Report on lock hospitals in British Burma
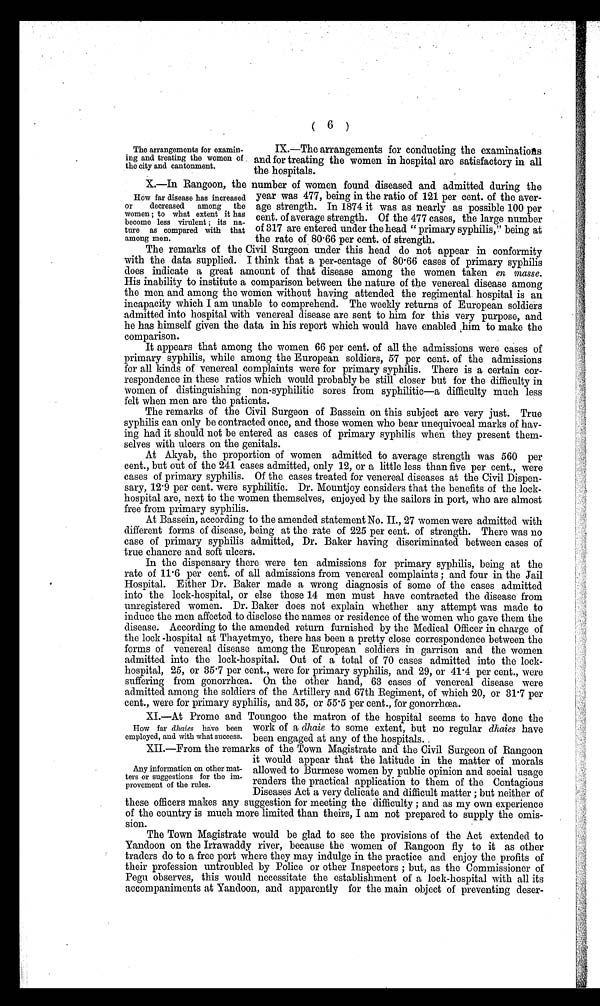
(
6 )
The arrangements for examin-
ing and trĭ e a t i n g t h e w o m e n o f
the city and cantonment.
IX.—The arrangements for conducting the examinations
and for treating the women in hospital are satisfactory in all
the hospitals.
X.—In Rangoon, the number of women found diseased and admitted during the
year was 477, being in the ratio of 121 per cent. of the aver-
-age strength. In 1874 it was as nearly as possible 100 per
cent. of average strength. Of the 477 cases, the large number
of 317 are entered under the head "primary syphilis," being at
the rate of 80.66 per cent. of strength.
The remarks of the Civil Surgeon under this head do not appear in conformity
with the data supplied. I think that a per-centage of 80.66 cases of primary syphilis
does indicate a great amount of that disease among the women taken en masse.
His inability to institute a comparison between the nature of the venereal disease among
the men and among the women without having attended the regimental hospital is an
incapacity which I am unable to comprehend. The weekly returns of European soldiers
admitted into hospital with venereal disease are sent to him for this very purpose, and
he has himself given the data in his report which would have enabled him to make the
comparison.
It appears that among the women 66 per cent. of all the admissions were cases of
primary syphilis, while among the European soldiers, 57 per cent. of the admissions
for all kinds of venereal complaints were for primary syphilis. There is a certain cor-
respondence in these ratios which would probably be still closer but for the difficulty in
women of distinguishing non-syphilitic sores from syphilitic—a difficulty much less
felt when men are the patients.
The remarks of the Civil Surgeon of Bassein on this subject are very just. True
syphilis can only be contracted once, and those women who bear unequivocal marks of hav-
ing had it should not be entered as cases of primary syphilis when they present them-
selves with ulcers on the genitals.
At Akyab, the proportion of women admitted to average strength was 560 per
cent., but out of the 241 cases admitted, only 12, or a little less than five per cent., were
cases of primary syphilis. Of the cases treated for venereal diseases at the Civil Dispen-
sary, 12.9 per cent. were syphilitic. Dr. Mountjoy considers that the benefits of the lock-
hospital are, next to the women themselves, enjoyed by the sailors in port, who are almost
free from primary syphilis.
At Bassein, according to the amended statement No. II., 27 women were admitted with
different forms of disease, being at the rate of 225 per cent. of strength. There was no
case of primary syphilis admitted, Dr. Baker having discriminated between cases of
true chancre and soft ulcers.
In the dispensary there were ten admissions for primary syphilis, being at the
rate of 11.6 per cent. of all admissions from venereal complaints ; and four in the Jail
Hospital. Either Dr. Baker made a wrong diagnosis of some of the cases admitted
into the lock-hospital, or else those 14 men must have contracted the disease from
unregistered women. Dr. Baker does not explain whether any attempt was made to
induce the men affected to disclose the names or residence of the women who gave them the
disease. According to the amended return furnished by the Medical Officer in charge of
the lock -hospital at Thayetmyo, there has been a pretty close correspondence between the
forms of venereal disease among the European soldiers in garrison and the women
admitted into the lock-hospital. Out of a total of 70 cases admitted into the lock-
hospital, 25, or 35.7 per cent., were for primary syphilis, and 29, or 41.4 per cent., were
suffering from gonorrhœa. On the other hand, 63 cases of venereal disease were
admitted among the soldiers of the Artillery and 67th Regiment, of which 20, or 31.7 per
cent., were for primary syphilis, and 35, or 55.5 per cent., for gonorrhoea.
XI.—At Prome and Toungoo the matron of the hospital seems to have done the
work of a dhaie to some extent, but no regular dhaies have
been engaged at any of the hospitals.
XII.—From the remarks of the Town Magistrate and the Civil Surgeon of Rangoon
it would appear that the latitude in the matter of morals
allowed to Burmese women by public opinion and social usage
renders the practical application to them of the Contagious
Diseases Act a very delicate and difficult matter ; but neither of
these officers makes any suggestion for meeting the difficulty ; and as my own experience
of the country is much more limited than theirs, I am not prepared to supply the omis--
sion.
The Town Magistrate would be glad to see the provisions of the Act extended to
Yandoon on the Irrawaddy river, because the women of Rangoon fly to it as other
traders do to a free port where they may indulge in the practice and enjoy the profits of
their profession untroubled by Police or other Inspectors ; but, as the Commissioner of
Pegu observes, this would necessitate the establishment of a lock-hospital with all its
accompaniments at Yandoon, and apparently for the main object of preventing deser-
How far disease has increased
or decreased among the
women ; to what extent it has
become less virulent ; its na-
ture as compared with that
among men.
How far dhaies have been
employed, and with what success.
Any information on other mat-
ters or suggestions for the im-
provement of the rules.